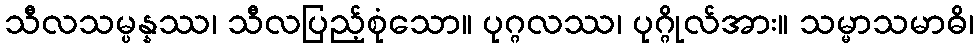
သီလသမ္ပန္နဿ၊ သီလပြည့်စုံသော။ ပုဂ္ဂလဿ၊ ပုဂ္ဂိုလ်အား။ သမ္မာသမာဓိ၊